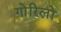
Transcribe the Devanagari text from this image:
गोरिलों